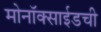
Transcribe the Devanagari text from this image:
मोनॉक्साईडची